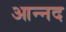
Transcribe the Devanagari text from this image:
आन्‍नद